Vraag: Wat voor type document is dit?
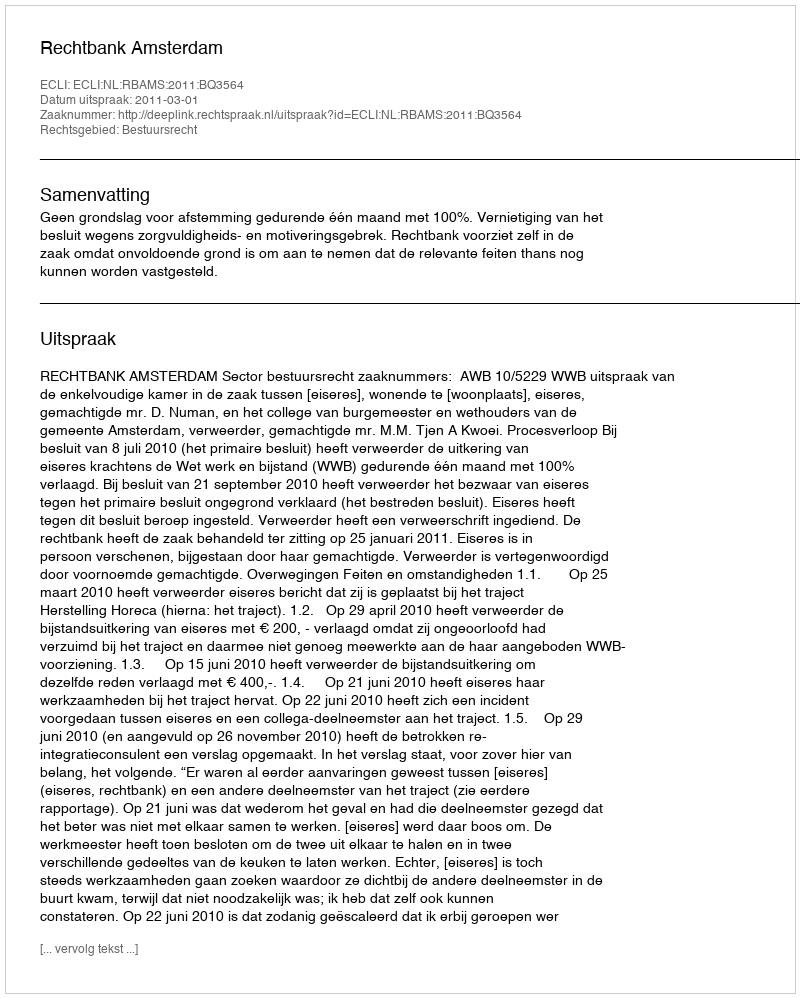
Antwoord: Uitspraak